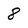
Character: 8